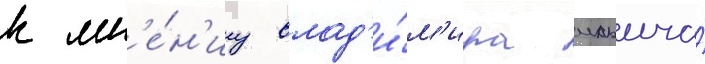
к мн'е́н'иу влад'и́м'ира ильича́